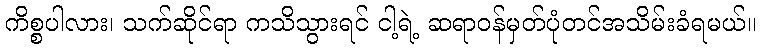
ကိစ္စပါလား၊ သက်ဆိုင်ရာ ကသိသွားရင် ငါ့ရဲ့ ဆရာဝန်မှတ်ပုံတင်အသိမ်းခံရမယ်။